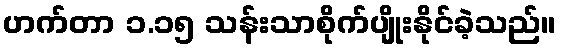
ဟက်တာ ၁.၁၅ သန်းသာစိုက်ပျိုးနိုင်ခဲ့သည်။